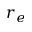
r _ { e }